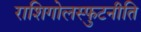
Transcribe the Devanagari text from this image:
राशिगोलस्फुटनीति